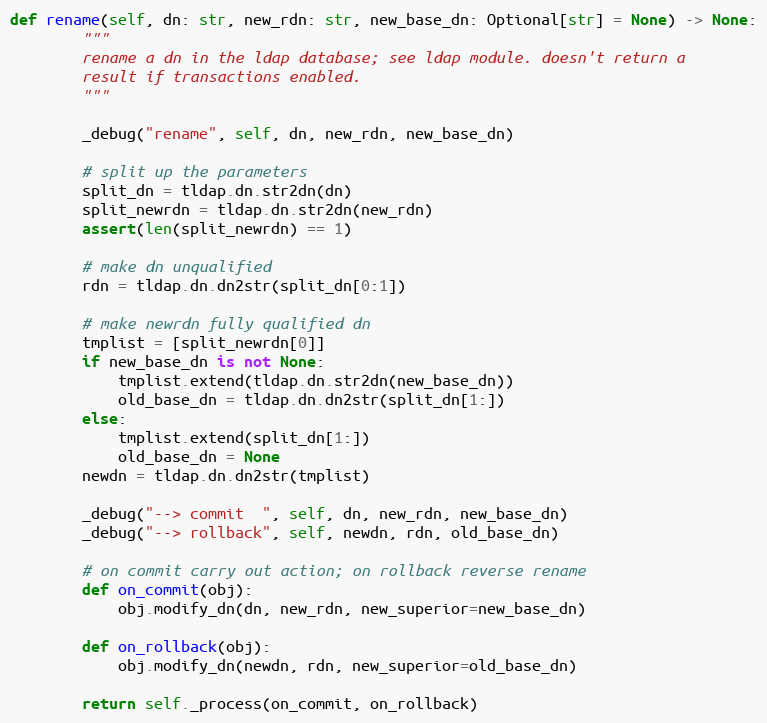
Language: Python
def rename(self, dn: str, new_rdn: str, new_base_dn: Optional[str] = None) -> None:
        """
        rename a dn in the ldap database; see ldap module. doesn't return a
        result if transactions enabled.
        """

        _debug("rename", self, dn, new_rdn, new_base_dn)

        # split up the parameters
        split_dn = tldap.dn.str2dn(dn)
        split_newrdn = tldap.dn.str2dn(new_rdn)
        assert(len(split_newrdn) == 1)

        # make dn unqualified
        rdn = tldap.dn.dn2str(split_dn[0:1])

        # make newrdn fully qualified dn
        tmplist = [split_newrdn[0]]
        if new_base_dn is not None:
            tmplist.extend(tldap.dn.str2dn(new_base_dn))
            old_base_dn = tldap.dn.dn2str(split_dn[1:])
        else:
            tmplist.extend(split_dn[1:])
            old_base_dn = None
        newdn = tldap.dn.dn2str(tmplist)

        _debug("--> commit  ", self, dn, new_rdn, new_base_dn)
        _debug("--> rollback", self, newdn, rdn, old_base_dn)

        # on commit carry out action; on rollback reverse rename
        def on_commit(obj):
            obj.modify_dn(dn, new_rdn, new_superior=new_base_dn)

        def on_rollback(obj):
            obj.modify_dn(newdn, rdn, new_superior=old_base_dn)

        return self._process(on_commit, on_rollback)